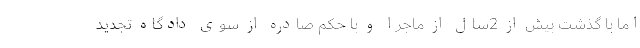
اما با گذشت بیش از 2سال از ماجرا و با حکم صادره از سوی دادگاه تجدید